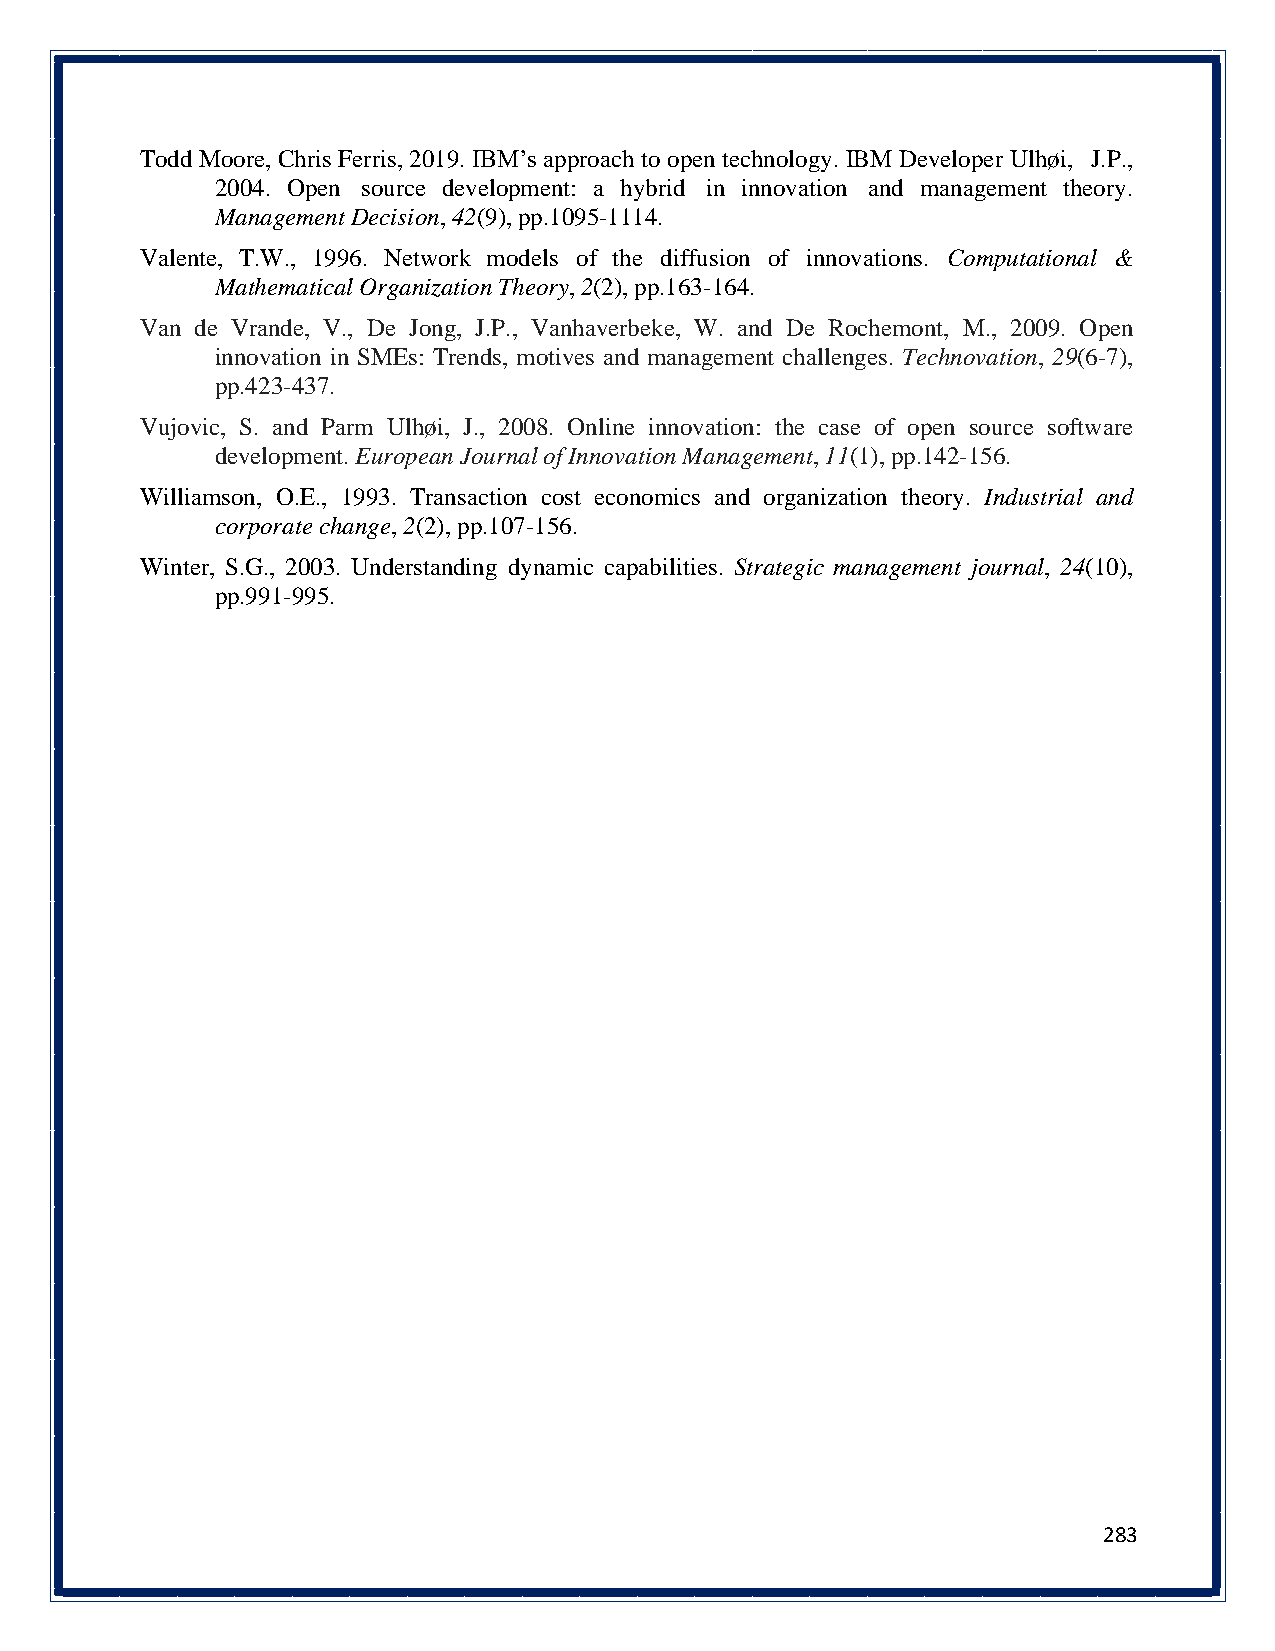
Todd Moore, Chris Ferris, 2019. IBM’s approach to open technology. IBM Developer Ulhøi, J.P.,
 2004. Open source development: a hybrid in innovation and management theory.
 Management Decision, 42(9), pp.1095-1114.
 Valente, T.W., 1996. Network models of the diffusion of innovations. Computational &
 Mathematical Organization Theory, 2(2), pp.163-164.
 Van de Vrande, V., De Jong, J.P., Vanhaverbeke, W. and De Rochemont, M., 2009. Open
 innovation in SMEs: Trends, motives and management challenges. Technovation, 29(6-7),
 pp.423-437.
 Vujovic, S. and Parm Ulhøi, J., 2008. Online innovation: the case of open source software
 development. European Journal of Innovation Management, 11(1), pp.142-156.
 Williamson, O.E., 1993. Transaction cost economics and organization theory. Industrial and
 corporate change, 2(2), pp.107-156.
 Winter, S.G., 2003. Understanding dynamic capabilities. Strategic management journal, 24(10),
 pp.991-995.
 283